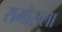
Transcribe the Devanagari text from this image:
रामोसला